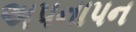
અપનાપન